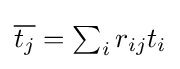
{\textstyle {\overline {t_{j}}}=\sum _{i}r_{ij}t_{i}}